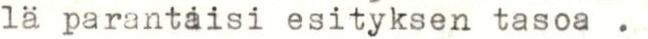
lä parantaisi esityksen tasoa .